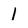
Character: 1